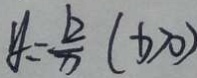
y = \frac { b } { x } ( b > 0 )